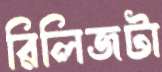
রিলিজটা